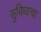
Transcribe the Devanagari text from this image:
सुविधाचा